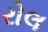
રોલ